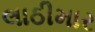
લાઠીમાર